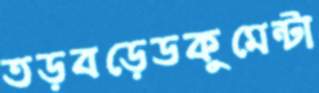
তড়বড়েডকুমেন্টা